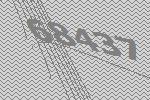
68437